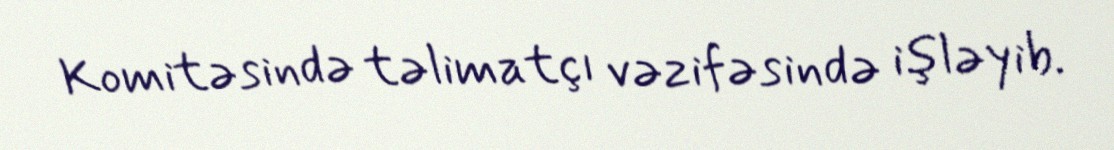
Komitəsində təlimatçı vəzifəsində işləyib.